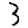
Digit: 3